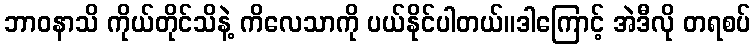
ဘာဝနာသိ ကိုယ်တိုင်သိနဲ့ ကိလေသာကို ပယ်နိုင်ပါတယ်။ဒါကြောင့် အဲဒီလို တရစပ်